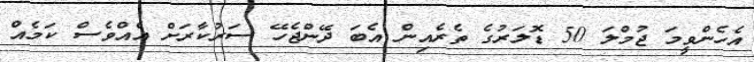
އެހެންވީމަ ޖުމްލަ 50 ޑޮލަރުގެ ތެރެއިން އެބަ ދޭންޖެހޭ ސަރުކާރަށް އެއްވެސް ކަމެއް